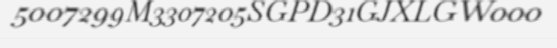
5007299M3307205SGPD31GJXLGW000